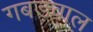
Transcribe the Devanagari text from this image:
गबड़वाल